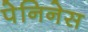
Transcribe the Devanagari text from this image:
पेनिनेस